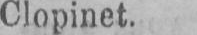
Clopinet.